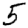
Digit: 5